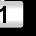
Digit: 1